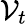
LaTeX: \mathcal{V}_{t}